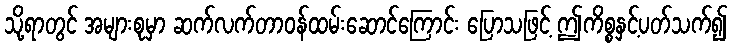
သို့ရာတွင် အများစုမှာ ဆက်လက်တာဝန်ထမ်းဆောင်ကြောင်း ပြောသဖြင့် ဤကိစ္စနှင့်ပတ်သက်၍